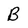
Character: B